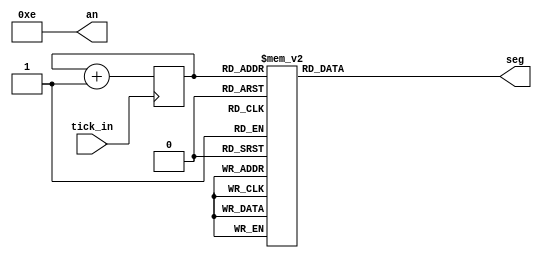
// This program was cloned from: https://github.com/FPGADude/Digital-Design
// License: GNU General Public License v3.0

`timescale 1ns / 1ps

module top(
    input tick_in,          // from Arduino, PMOD JB pin 1
    output reg [6:0] seg,   // 7 segments
    output [3:0] an         // 4 anodes
    );
    
    reg [3:0] counter = 0;
    
    always @(posedge tick_in)
        counter <= counter + 1;
    
    assign an = 4'b1110;
    
    always @*
        case(counter)    // gfedcba  <-- segment order
			4'h0 : seg = 7'b1000000;   // 0
			4'h1 : seg = 7'b1111001;   // 1
			4'h2 : seg = 7'b0100100;   // 2
			4'h3 : seg = 7'b0110000;   // 3
			4'h4 : seg = 7'b0011001;   // 4
			4'h5 : seg = 7'b0010010;   // 5
			4'h6 : seg = 7'b0000010;   // 6
			4'h7 : seg = 7'b1111000;   // 7
			4'h8 : seg = 7'b0000000;   // 8
			4'h9 : seg = 7'b0010000;   // 9
			4'hA : seg = 7'b0001000;   // A
			4'hB : seg = 7'b0000011;   // B
			4'hC : seg = 7'b1000110;   // C
			4'hD : seg = 7'b0100001;   // D
			4'hE : seg = 7'b0000110;   // E
			4'hF : seg = 7'b0001110;   // F    
        endcase
    
endmodule